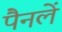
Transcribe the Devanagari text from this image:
पैनलें